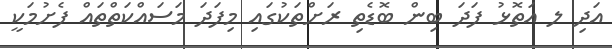
އަދި ލ އަތޮޅު ފަދަ ބިން ބޮޑެތި ރަށްތަކުގައި މިފަދަ މަސައްކަތްތައް ފެށުމަކީ